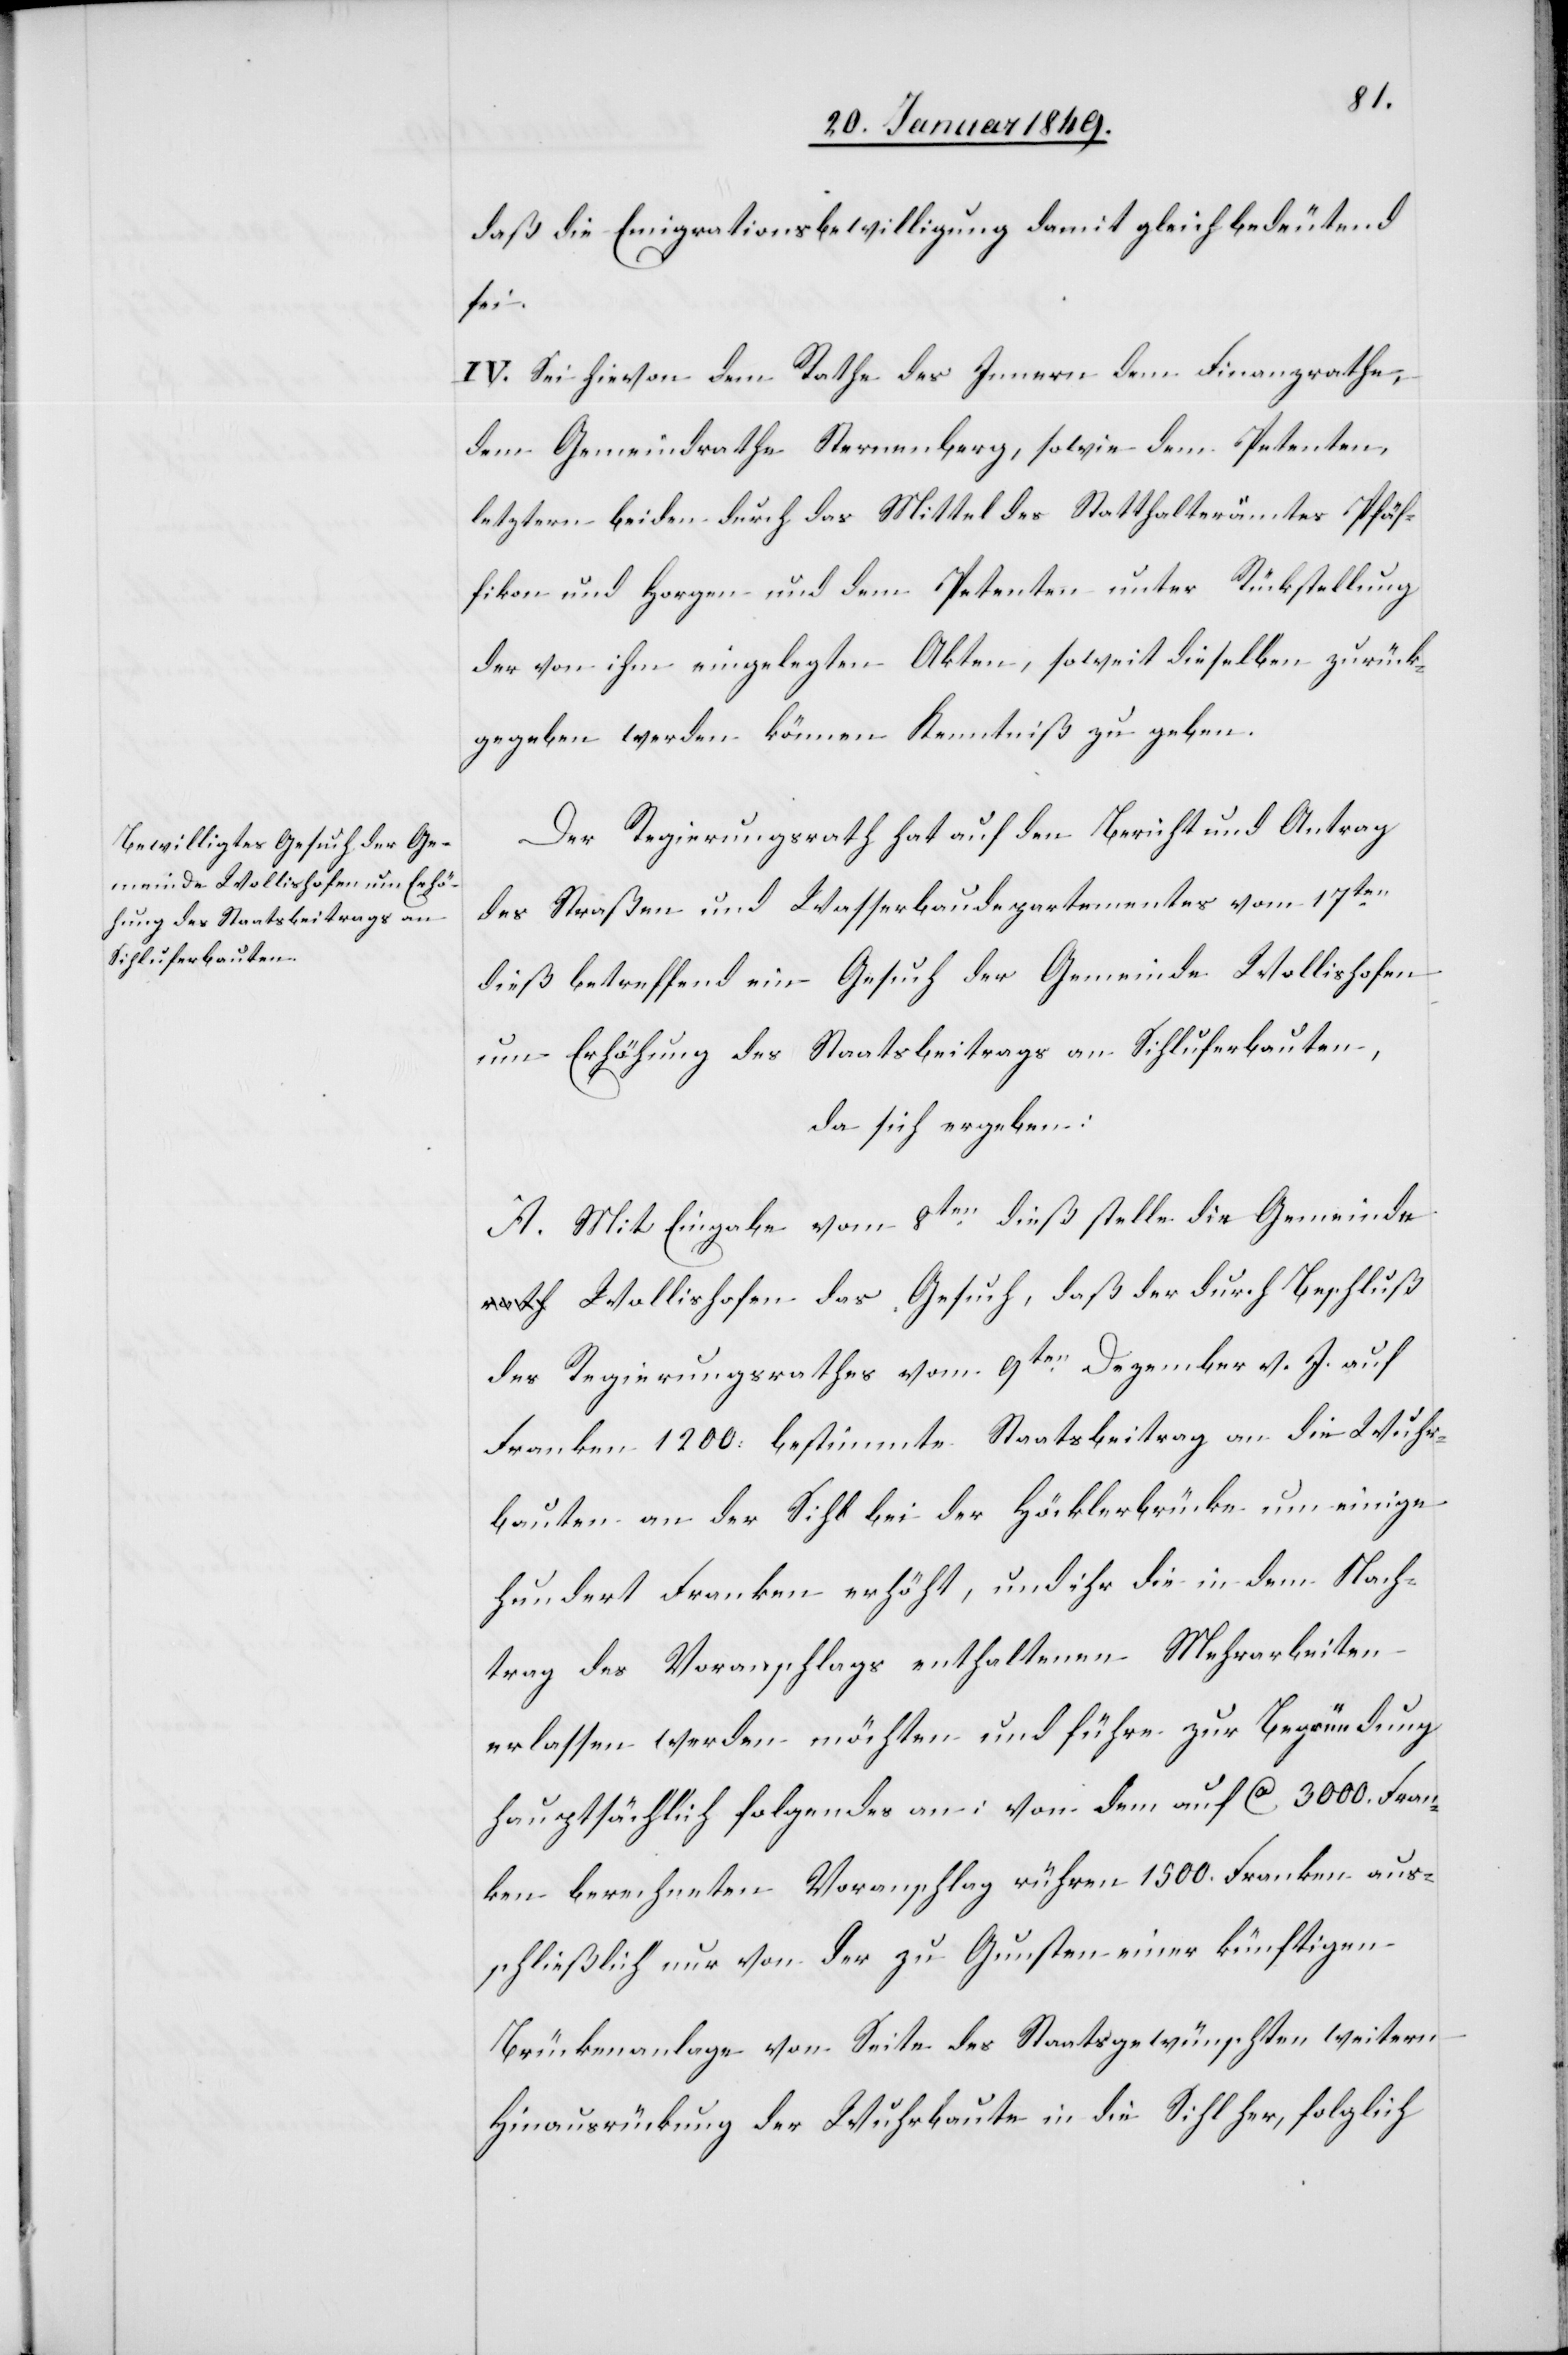
Der Regierungsrath hat auf den Bericht und Antrag
des Straßen und Wasserbaudepartementes vom 17ten.
dieß betreffend ein Gesuch der Gemeinde Wollishofen
um Erhöhung des Staatsbeitrags an Sihluferbauten,
da sich ergeben:
A. Mit Eingabe vom 8ten. dieß stelle die Gemeinde
Wollishofen das Gesuch, daß der durch Beschluß
des Regierungsrathes vom 9ten. Dezember v. J. auf
Franken 1200. bestimmte Staatsbeitrag an die Wuhr¬
bauten an der Sihl bei der Höcklerbrücke um einige
hundert Franken erhöht, und ihr die in dem Nach¬
trag des Voranschlags enthaltenen Mehrarbeiten
erlassen werden möchten und führe zur Begründung
hauptsächlich folgendes an: von dem auf ca. 3000. Fran¬
ken berechneten Voranschlag rühren 1500. Franken aus¬
schließlich nur von der zu Gunsten einer künftigen
Brückenanlage von Seite des Staats gewünschten weitern
Hinausrückung der Wuhrbaute in die Sihl her, folglich